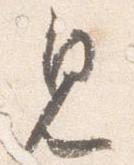
見